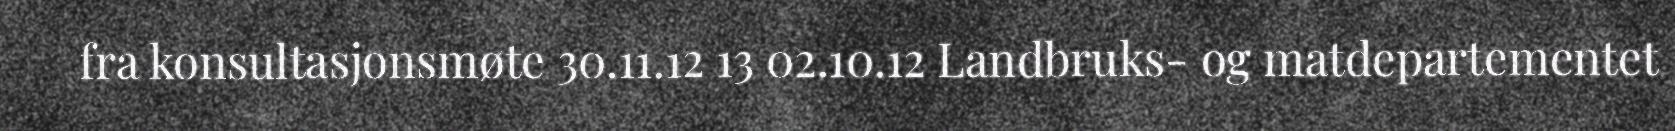
fra konsultasjonsmøte 30.11.12 13 02.10.12 Landbruks- og matdepartementet